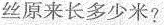
丝原来长多少米？